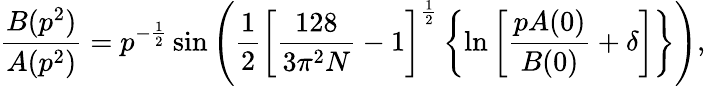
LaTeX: \frac{B(p^{2})}{A(p^{2})}=p^{-\frac{1}{2}}\sin\left(\frac{1}{2}\left[\frac{128}{3\pi^{2}N}-1\right]^{\frac{1}{2}}\left\{ \ln\left[\frac{pA(0)}{B(0)}+\delta\right]\right\} \right),